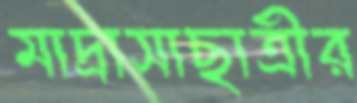
মাদ্রাসাছাত্রীর